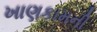
ખાણકામની